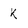
Character: k